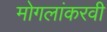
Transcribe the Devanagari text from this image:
मोगलांकरवी